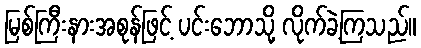
မြစ်ကြီးနားအစုန်ဖြင့် ပင်းဘောသို့ လိုက်ခဲ့ကြသည်။